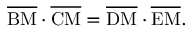
{ \overline { { \mathrm { B M } } } } \cdot { \overline { { \mathrm { C M } } } } = { \overline { { \mathrm { D M } } } } \cdot { \overline { { \mathrm { E M } } } } .